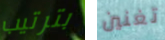
بترتيب تغنين